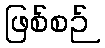
ဖြစ်စဉ်